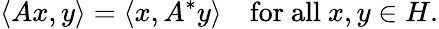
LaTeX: \langle Ax,y\rangle=\left\langle x,A^{*}y\right\rangle\quad{\mathrm{for~all~}}x,y\in H.